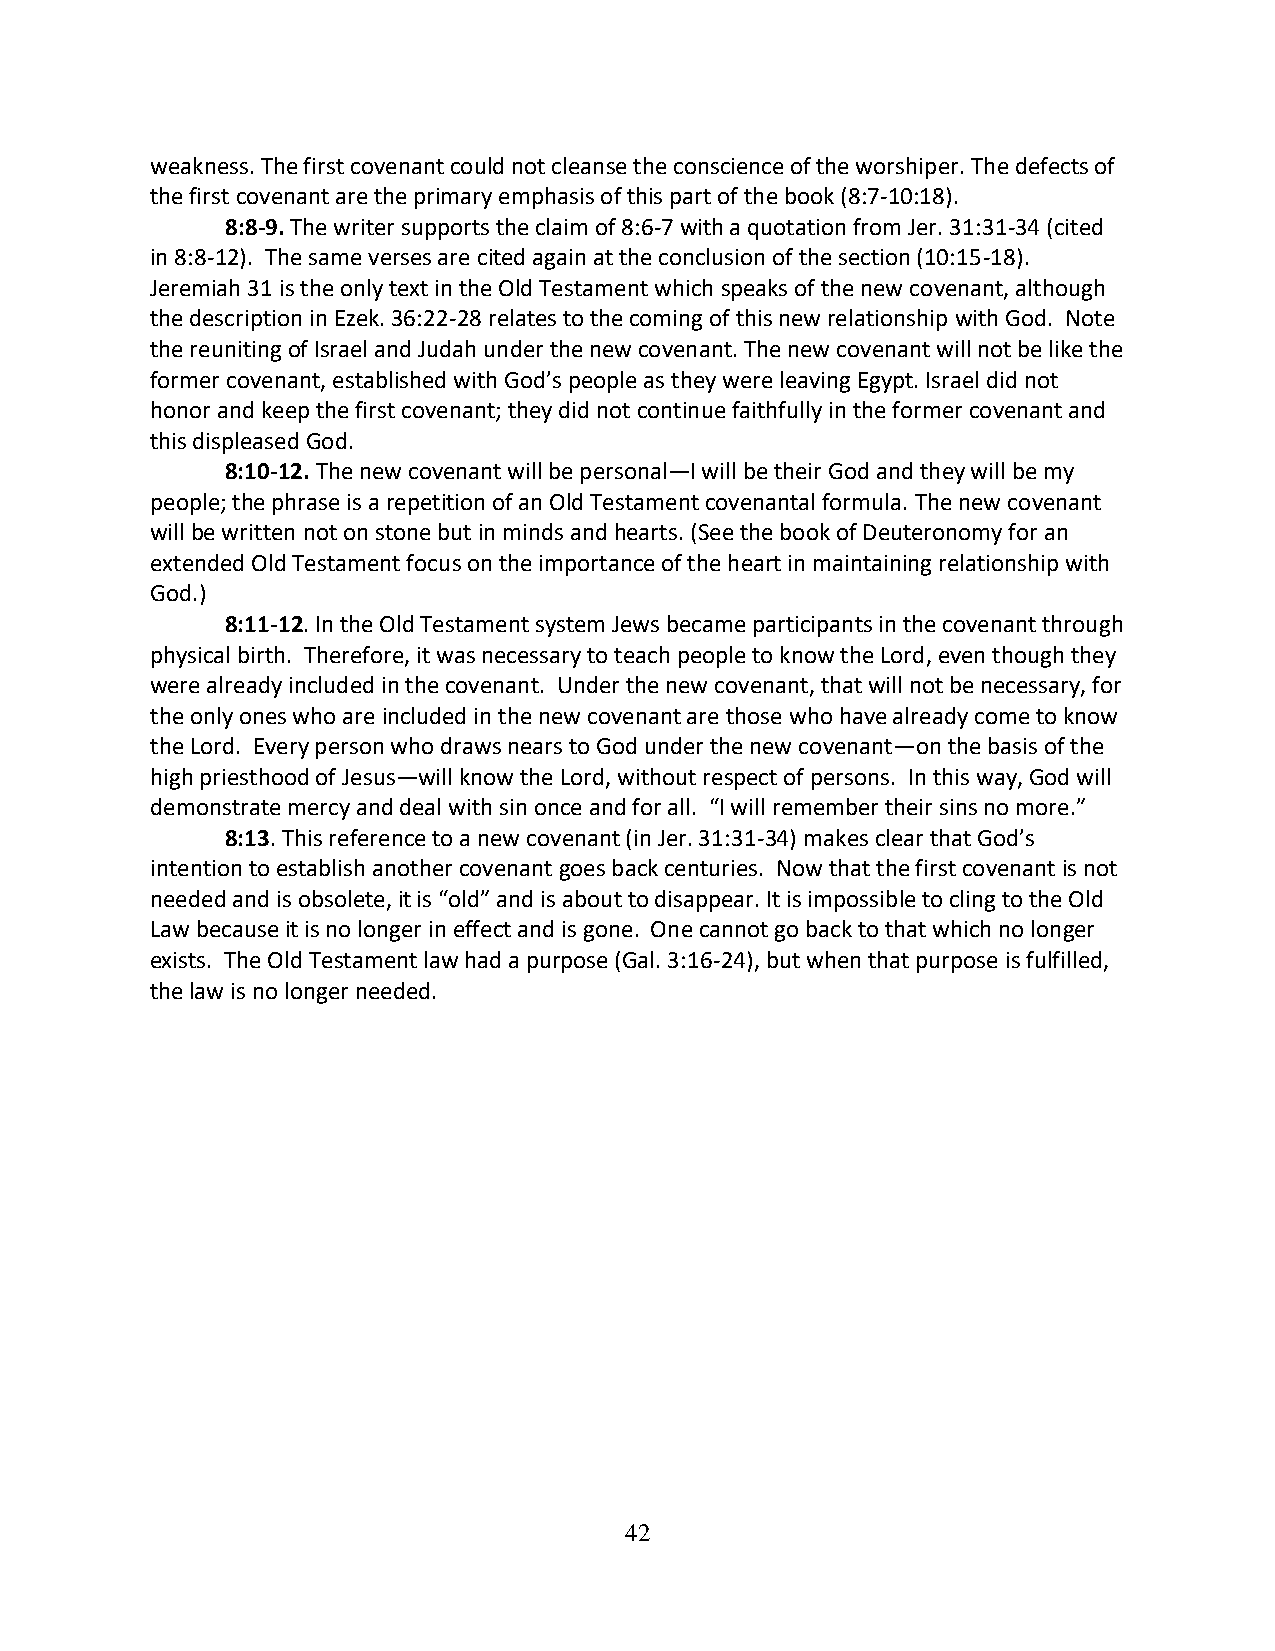
weakness. The first covenant could not cleanse the conscience of the worshiper. The defects of
 the first covenant are the primary emphasis of this part of the book (8:7-10:18).
 8:8-9. The writer supports the claim of 8:6-7 with a quotation from Jer. 31:31-34 (cited
 in 8:8-12). The same verses are cited again at the conclusion of the section (10:15-18).
 Jeremiah 31 is the only text in the Old Testament which speaks of the new covenant, although
 the description in Ezek. 36:22-28 relates to the coming of this new relationship with God. Note
 the reuniting of Israel and Judah under the new covenant. The new covenant will not be like the
 former covenant, established with God’s people as they were leaving Egypt. Israel did not
 honor and keep the first covenant; they did not continue faithfully in the former covenant and
 this displeased God.
 8:10-12. The new covenant will be personal—I will be their God and they will be my
 people; the phrase is a repetition of an Old Testament covenantal formula. The new covenant
 will be written not on stone but in minds and hearts. (See the book of Deuteronomy for an
 extended Old Testament focus on the importance of the heart in maintaining relationship with
 God.)
 8:11-12. In the Old Testament system Jews became participants in the covenant through
 physical birth. Therefore, it was necessary to teach people to know the Lord, even though they
 were already included in the covenant. Under the new covenant, that will not be necessary, for
 the only ones who are included in the new covenant are those who have already come to know
 the Lord. Every person who draws nears to God under the new covenant—on the basis of the
 high priesthood of Jesus—will know the Lord, without respect of persons. In this way, God will
 demonstrate mercy and deal with sin once and for all. “I will remember their sins no more.”
 8:13. This reference to a new covenant (in Jer. 31:31-34) makes clear that God’s
 intention to establish another covenant goes back centuries. Now that the first covenant is not
 needed and is obsolete, it is “old” and is about to disappear. It is impossible to cling to the Old
 Law because it is no longer in effect and is gone. One cannot go back to that which no longer
 exists. The Old Testament law had a purpose (Gal. 3:16-24), but when that purpose is fulfilled,
 the law is no longer needed.
 42